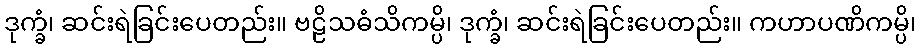
ဒုက္ခံ၊ ဆင်းရဲခြင်းပေတည်း။ ဗဠိသဓံသိကမ္ပိ၊ ဒုက္ခံ၊ ဆင်းရဲခြင်းပေတည်း။ ကဟာပဏိကမ္ပိ၊